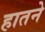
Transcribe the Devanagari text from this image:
हातने